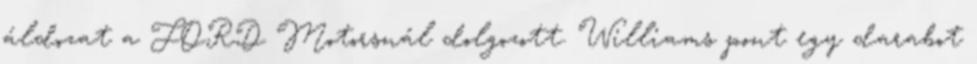
áldozat a FORD Motorsnál dolgozott. Williams pont egy darabot